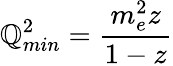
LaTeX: \mathbb{Q}_{min}^{2}={\frac{{m_{e}^{2}z}}{{1-z}}}